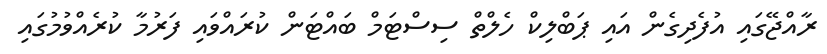
ރާއްޖޭގައި އުފެދިގެން އައި ޕަބްލިކް ހެލްތް ސިސްޓަމް ބައްޓަން ކުރައްވައި ފަރުމާ ކުރެއްވުމުގައި